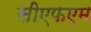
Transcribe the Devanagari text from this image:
सीएफएम